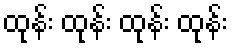
ထုန်း ထုန်း ထုန်း ထုန်း